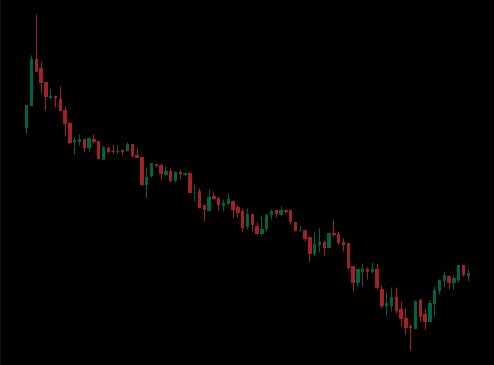
Pattern: bull_flag